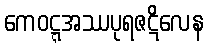
ကေဝဋ္ဋအဿပုရဇဋိလေန